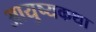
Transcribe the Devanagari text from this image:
आयुष्यकथा